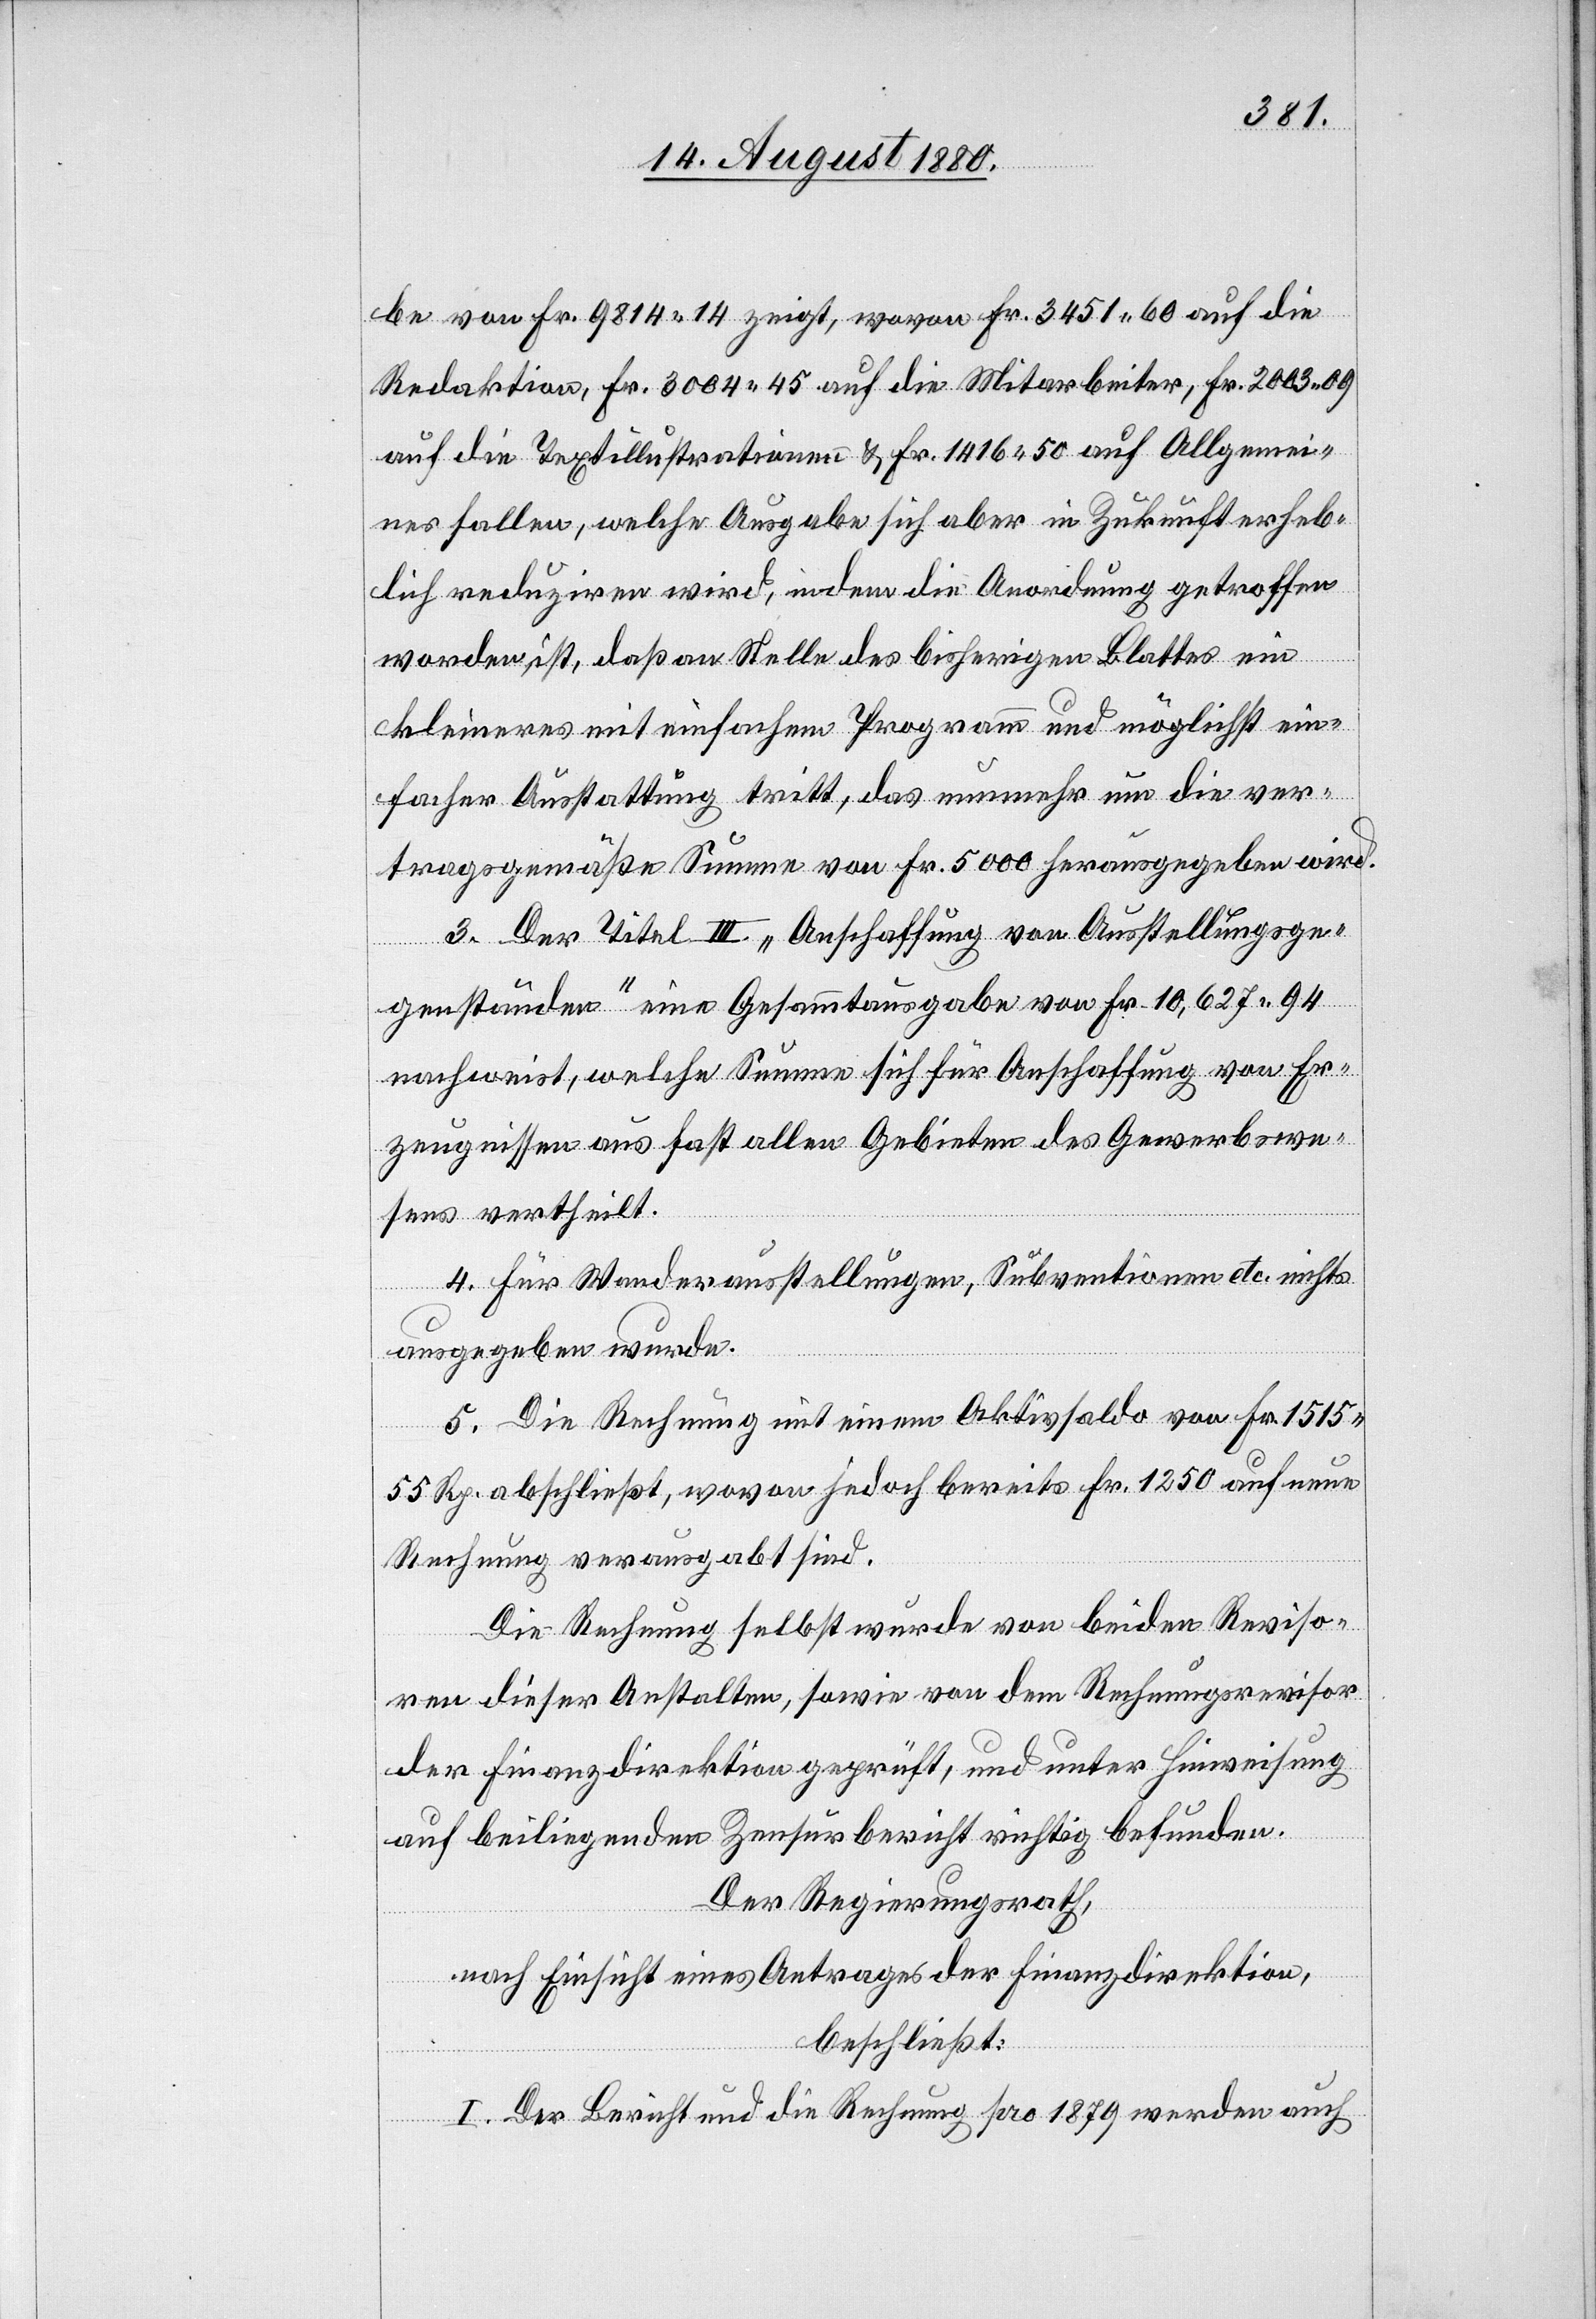
be von Fr. 9814 14 zeigt, wovon Fr. 3451 60 auf die
Redaktion, Fr. 3004 45 auf die Mitarbeiter, Fr. 2003 09
auf die Textilillustrationen & Fr. 1446 50 auf Allgemei¬
nes fallen, welche Ausgabe sich aber in Zukunft erheb¬
lich reduziren wird, indem die Anordnung getroffen
worden ist, daß an Stelle des bisherigen Blattes ein
kleineres mit einfachem Programm und möglichst ein¬
facher Ausstattung tritt, das nunmehr um die ver¬
tragsgemäße Summe von Fr. 5000 herausgegeben wird.
3. Der Titel III. „Anschaffung von Ausstellungsge¬
genständen% eine Gesammtausgabe von Fr. 10,627 94
nachweist, welche Summe sich für Anschaffung von Er¬
zeugnissen aus fast allen Gebieten des Gewerbswe¬
sens vertheilt.
4. Für Wanderausstellungen, Subventionen etc. nichts
ausgegeben wurde.
5. Die Rechnung mit einem Aktivsaldo von Fr. 1515
55 Rp. abschließt, wovon jedoch bereits Fr. 1250 auf neue
Rechnung verausgabt sind.
Die Rechnung selbst wurde von beiden Reviso¬
ren dieser Anstalten, sowie von dem Rechnungsrevisor
der Finanzdirektion geprüft, und unter Hinweisung
auf beiliegenden Zensurbericht richtig befunden.
Der Regierungsrath,
nach Einsicht eines Antrages der Finanzdirektion,
beschließt:
I. Der Bericht und die Rechnung pro 1879 werden auch